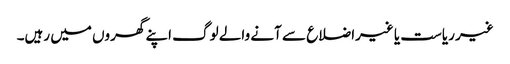
غیر ریاست یا غیراضلاع سے آنے والے لوگ اپنے گھروں میں رہیں۔